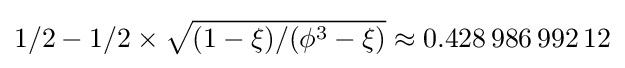
1/2-1/2\times {\sqrt {(1-\xi )/(\phi ^{3}-\xi )}}\approx 0.428\,986\,992\,12